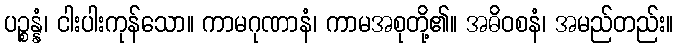
ပဉ္စန္နံ၊ ငါးပါးကုန်သော။ ကာမဂုဏာနံ၊ ကာမအစုတို့၏။ အဓိဝစနံ၊ အမည်တည်း။